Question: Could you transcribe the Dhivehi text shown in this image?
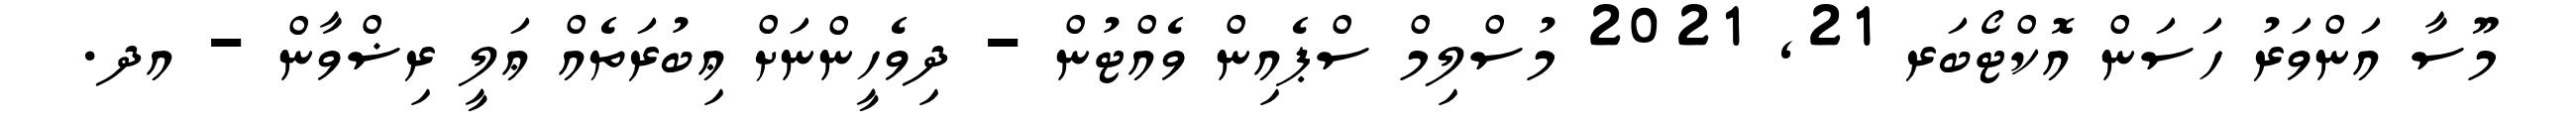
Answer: މޫސާ އަންވަރު ހަސަން އޮކްޓޯބަރ 21, 2021 މުސްލިމް ސްޕެއިން ވެއްޓުން - ދިވެހީންނަށް ޢިބުރަތެއް ޢަލީ ރިޟްވާން - އދ.